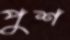
পুশ